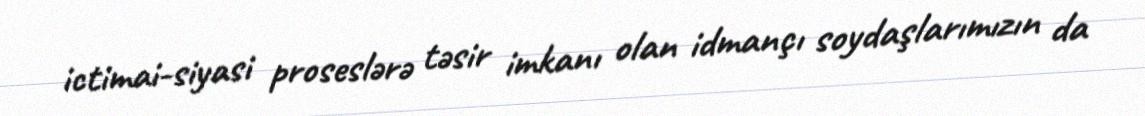
ictimai-siyasi proseslərə təsir imkanı olan idmançı soydaşlarımızın da